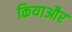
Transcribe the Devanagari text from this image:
कियाऔर